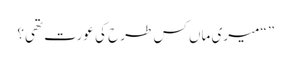
” “میری ماں کس طرح کی عورت تھی؟